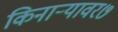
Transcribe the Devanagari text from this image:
किनाऱ्यावर७